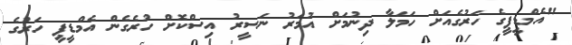
"އެމްޑީޕީގެ ހަރުގެއަށް ހަމަލާ ދިނުމަށް އުމަރު ނަސީރު އިސްކޮށް ހުރެގެން އެމްޑީޕީ ހަރުގެ